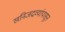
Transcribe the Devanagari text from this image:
खनिजद्रव्यांपासून